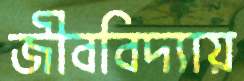
জীববিদ্যায়